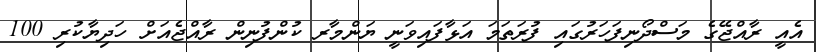
އެއީ ރާއްޖޭގެ މަސްދޯނިފަހަރުގައި ފުރަތަމަ އަޅާފައިވަނީ ޔަންމާރ ކުންފުނިން ރާއްޖެއަށް ހަދިޔާކުރި 100